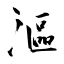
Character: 漚